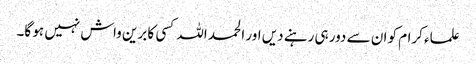
علماء کرام کو ان سے دور ہی رہنے دیں اور الحمد اللہ کسی کا برین واش نہیں ہو گا۔